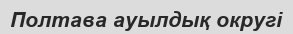
Полтава ауылдық округі